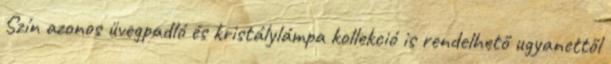
Szín azonos üvegpadló és kristálylámpa kollekció is rendelhető ugyanettől